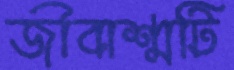
জীবাশ্মটি